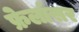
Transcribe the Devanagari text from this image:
फ्रेलांसर